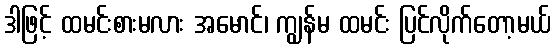
ဒါဖြင့် ထမင်းစားမလား အမောင်၊ ကျွန်မ ထမင်း ပြင်လိုက်တော့မယ်